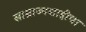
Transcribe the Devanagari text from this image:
साम्राज्यशाहीचा